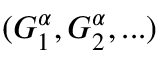
( G _ { 1 } ^ { \alpha } , G _ { 2 } ^ { \alpha } , . . . )